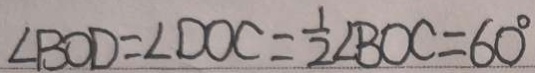
\angle B O D = \angle D O C = \frac { 1 } { 2 } \angle B O C = 6 0 ^ { \circ }